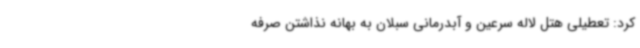
کرد: تعطیلی هتل لاله سرعین و آبدرمانی سبلان به بهانه نذاشتن صرفه